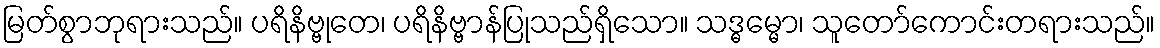
မြတ်စွာဘုရားသည်။ ပရိနိဗ္ဗုတေ၊ ပရိနိဗ္ဗာန်ပြုသည်ရှိသော။ သဒ္ဓမ္မော၊ သူတော်ကောင်းတရားသည်။